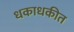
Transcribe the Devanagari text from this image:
धकाधकीत